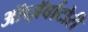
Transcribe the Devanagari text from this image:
ऑब्ज़ॅर्वाटोरी